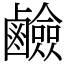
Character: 鹼